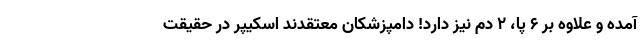
آمده و علاوه بر ۶ پا، ۲ دم نیز دارد! دامپزشکان معتقدند اسکیپر در حقیقت